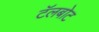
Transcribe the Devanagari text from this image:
टॅलबोट